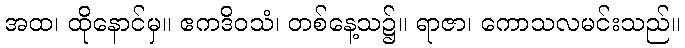
အထ၊ ထိုနောင်မှ။ ဧကဒိဝသံ၊ တစ်နေ့သ၌။ ရာဇာ၊ ကောသလမင်းသည်။